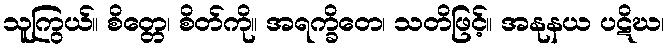
သူကြွယ်။ စိတ္တေ၊ စိတ်ကို။ အရက္ခိတေ၊ သတိဖြင့်။ အနုနယ ပဋိဃ၊